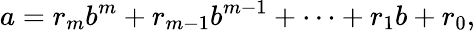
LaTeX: a=r_{m}b^{m}+r_{m-1}b^{m-1}+\dotsb+r_{1}b+r_{0},